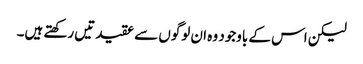
لیکن اس کے باوجود وہ ان لوگوں سے عقیدتیں رکھتے ہیں۔